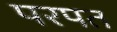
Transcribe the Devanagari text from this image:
परपत